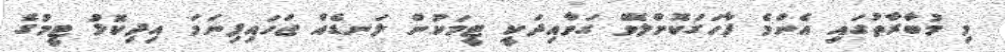
މި މުބާރާތުގައި އެންމެ ފާހަގަކޮށްލެވޭ ގަވާއިދަކީ ޓީމަކުން ލަނޑެއް ޖަހައިފިނަމަ އިދިކޮޅު ޓީމުގެ